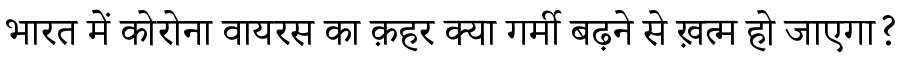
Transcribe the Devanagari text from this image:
भारत में कोरोना वायरस का क़हर क्या गर्मी बढ़ने से ख़त्म हो जाएगा?